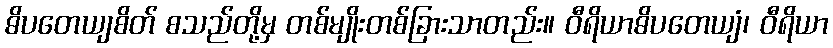
ဓိပတေယျစိတ် စသည်တို့မှ တစ်မျိုးတစ်ခြားသာတည်း။ ဝီရိယာဓိပတေယျံ၊ ဝီရိယာ